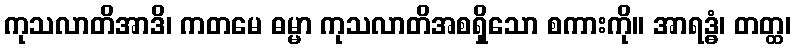
ကုသလာတိအာဒိ၊ ကတမေ ဓမ္မာ ကုသလာတိအစရှိသော စကားကို။ အာရဒ္ဓံ၊ တတ္ထ၊